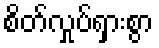
စိတ်လှုပ်ရှားစွာ